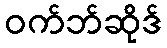
ဝက်ဘ်ဆိုဒ်